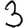
Digit: 3